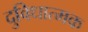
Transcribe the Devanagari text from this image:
दुविधात्मक